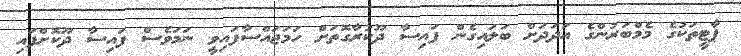
ޕާޓީތަކުގެ މެމްބަރުންގެ އަދަދަށް ބަލައިގެން ފައިސާ ދޫކުރާގޮތަށް ހަމަޖައްސާފައިވީ ނަމަވެސް ފައިސާ ދޫކޮށްފައި